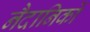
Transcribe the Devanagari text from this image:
नैदानिकों